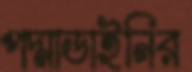
পদ্মাডাইনির